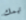
تهمك